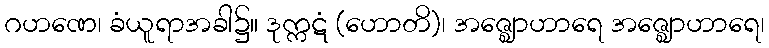
ဂဟဏေ၊ ခံယူရာအခါ၌။ ဒုက္ကဋံ (ဟောတိ)၊ အဇ္ဈောဟာရေ အဇ္ဈောဟာရေ၊